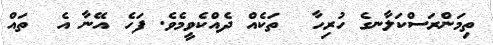
ތިމަންރަސްކަލާނގެ ހުރިހާ  ތަކެއް ދެއްކެވީމެވެ. ފަހެ އޭނާ އެ  ތައް